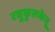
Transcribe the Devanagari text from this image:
रघुकुलकेतू